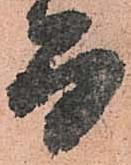
而